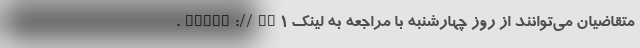
متقاضیان می‌توانند از روز چهارشنبه با مراجعه به لینک https://vc1.